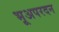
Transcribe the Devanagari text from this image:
भूअपरदन